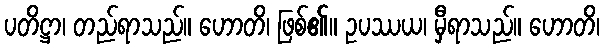
ပတိဋ္ဌာ၊ တည်ရာသည်။ ဟောတိ၊ ဖြစ်၏။ ဥပဿယ၊ မှီရာသည်။ ဟောတိ၊